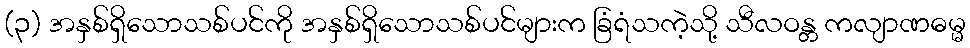
(၃) အနှစ်ရှိသောသစ်ပင်ကို အနှစ်ရှိသောသစ်ပင်များက ခြံရံသကဲ့သို့ သီလဝန္တ ကလျာဏဓမ္မ